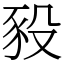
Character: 豛